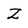
Character: z